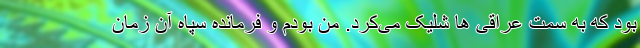
بود که به سمت عراقی ها شلیک می‌کرد. من بودم و فرمانده سپاه آن زمان